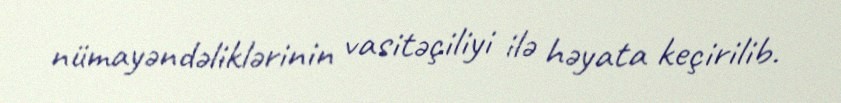
nümayəndəliklərinin vasitəçiliyi ilə həyata keçirilib.